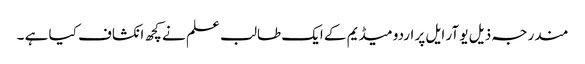
مندرجہ ذیل یو آر ایل پر اردو میڈیم کے ایک طالب علم نے کچھ انکشاف کیا ہے ۔